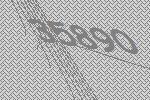
35890